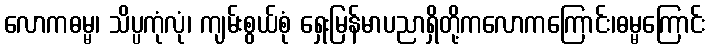
လောကဓမ္မ၊ သိပ္ပကုံလုံ၊ ကျမ်းစွယ်စုံ ရှေးမြန်မာပညာရှိတို့ကလောကကြောင်း၊ဓမ္မကြောင်း